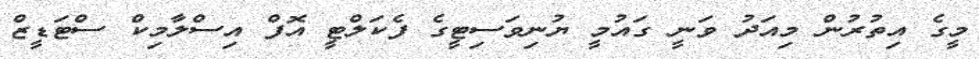
މީގެ އިތުރުން މިއަދު ވަނީ ގައުމީ ޔުނިވަސިޓީގެ ފެކަލްޓީ އޮފް އިސްލާމިކް ސްޓަޑީޒް